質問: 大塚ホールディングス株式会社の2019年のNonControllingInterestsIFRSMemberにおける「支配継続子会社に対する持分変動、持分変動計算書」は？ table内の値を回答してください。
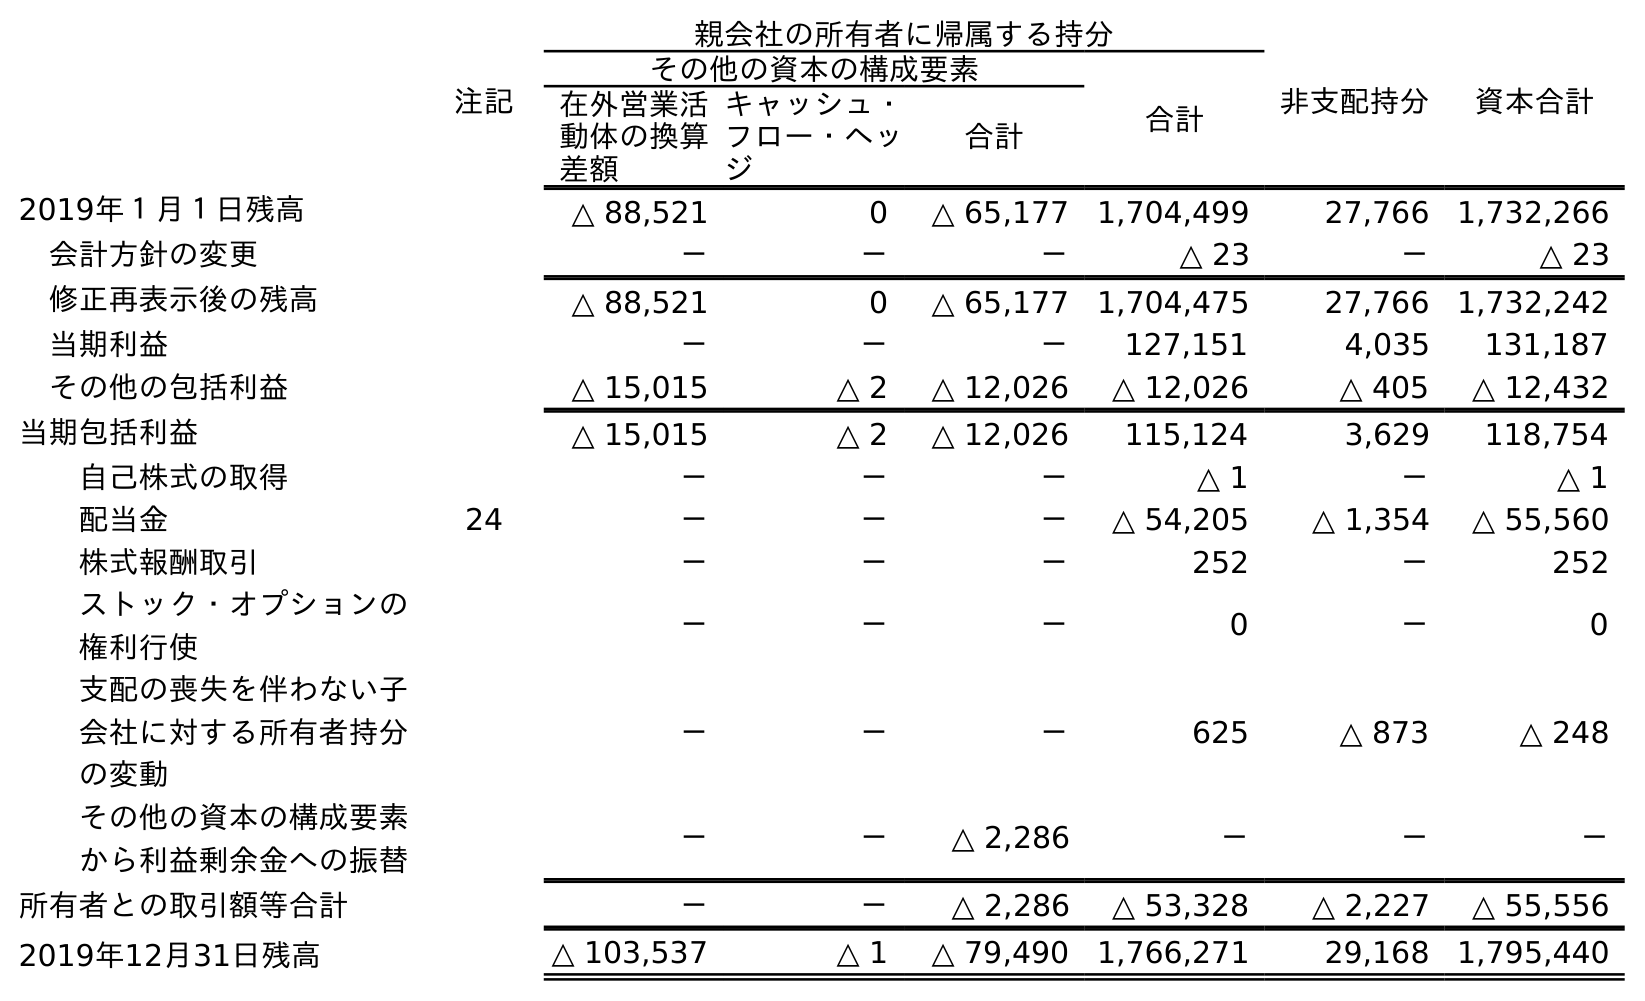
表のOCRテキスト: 注記 親会社の所有者に帰属する持分 非支配持分 資本合計 その他の資本の構成要素 合計 在外営業活 動体の換算 差額 キャッシュ・ フロー・ヘッ ジ 合計 2019年１月１日残高 △ 88,521 0 △ 65,177 1,704,499 27,766 1,732,266 会計方針の変更 － － － △ 23 － △ 23 修正再表示後の残高 △ 88,521 0 △ 65,177 1,704,475 27,766 1,732,242 当期利益 － － － 127,151 4,035 131,187 その他の包括利益 △ 15,015 △ 2 △ 12,026 △ 12,026 △ 405 △ 12,432 当期包括利益 △ 15,015 △ 2 △ 12,026 115,124 3,629 118,754 自己株式の取得 － － － △ 1 － △ 1 配当金 24 － － － △ 54,205 △ 1,354 △ 55,560 株式報酬取引 － － － 252 － 252 ストック・オプションの 権利行使 － － － 0 － 0 支配の喪失を伴わない子 会社に対する所有者持分 の変動 － － － 625 △ 873 △ 248 その他の資本の構成要素 から利益剰余金への振替 － － △ 2,286 － － － 所有者との取引額等合計 － － △ 2,286 △ 53,328 △ 2,227 △ 55,556 2019年12月31日残高 △ 103,537 △ 1 △ 79,490 1,766,271 29,168 1,795,440
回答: △873